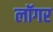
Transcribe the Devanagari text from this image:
लॉगर